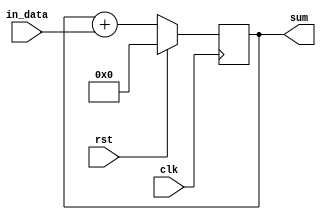
module accumulator (
    input wire clk,
    input wire rst,
    input wire [7:0] in_data,  // 8-bit digital signal input
    output reg [15:0] sum  // 16-bit accumulator output
);

reg [15:0] accumulator;

always @(posedge clk) begin
    if (rst) begin
        accumulator <= 16'b0;  // reset accumulator
    end else begin
        accumulator <= accumulator + in_data;  // add incoming signal to accumulator
    end
end

assign sum = accumulator;

endmodule